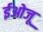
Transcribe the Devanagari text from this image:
ईओजू